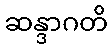
ဆန္ဒာဂတိ